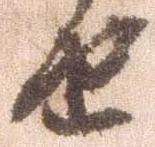
由